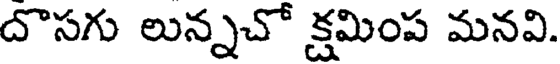
దొసగు లున్నచో క్షమింప మనవి.